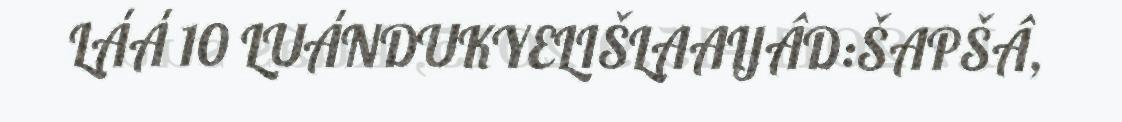
LÁÁ 10 LUÁNDUKYELIŠLAAIJÂD:ŠAPŠÂ,